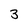
Character: 3